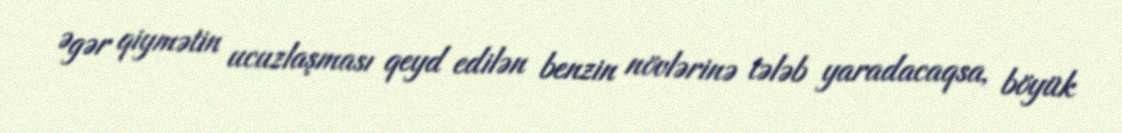
Əgər qiymətin ucuzlaşması qeyd edilən benzin növlərinə tələb yaradacaqsa, böyük